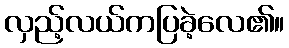
လှည့်လယ်ကပြခဲ့လေ၏။